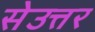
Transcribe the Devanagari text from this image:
सेउत्तर